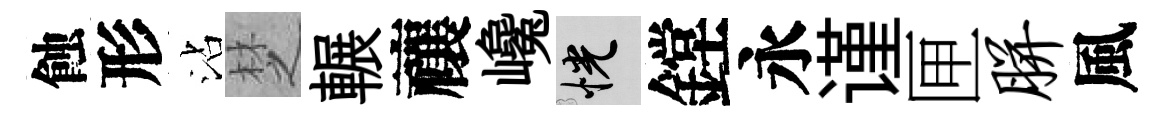
蝕形沾椘輾禳巉恍鏜永谨匣胼風